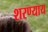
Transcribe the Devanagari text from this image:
शरण्याय